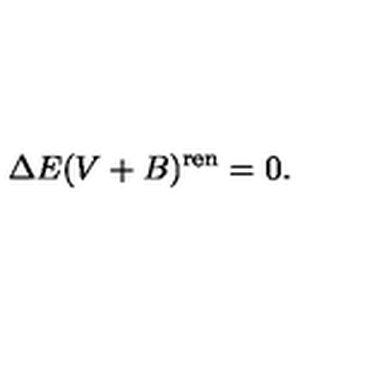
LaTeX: \Delta E ( V + B ) ^ { \mathrm { r e n } } = 0 .